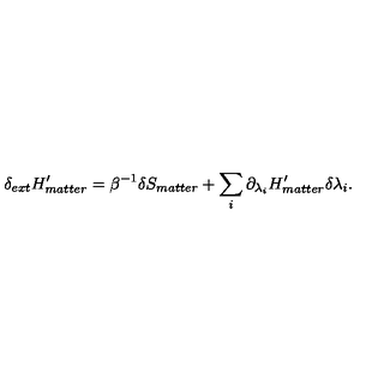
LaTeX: \delta _ { e x t } H _ { m a t t e r } ^ { \prime } = \beta ^ { - 1 } \delta S _ { m a t t e r } + \sum _ { i } \partial _ { \lambda _ { i } } H _ { m a t t e r } ^ { \prime } \delta \lambda _ { i } .